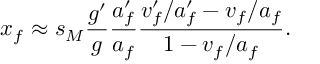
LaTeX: x _ { f } \approx s _ { M } \frac { g ^ { \prime } } { g } \frac { a _ { f } ^ { \prime } } { a _ { f } } \frac { v _ { f } ^ { \prime } / a _ { f } ^ { \prime } - v _ { f } / a _ { f } } { 1 - v _ { f } / a _ { f } } .